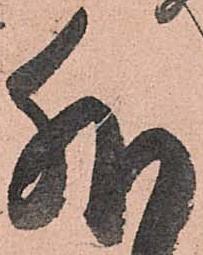
外